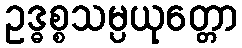
ဥဒ္ဓစ္စသမ္ပယုတ္တော